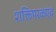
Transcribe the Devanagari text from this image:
शक्तिपरकएवं